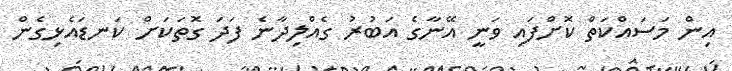
އިން މަސައްކަތް ކޮށްފައި ވަނީ އޭނާގެ އަބުރު ގެއްލިދާނެ ފަދަ ގޮތަކަށް ކަނޑައެޅިގެން